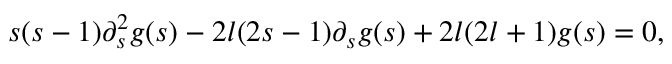
s ( s - 1 ) \partial _ { s } ^ { 2 } g ( s ) - 2 l ( 2 s - 1 ) \partial _ { s } g ( s ) + 2 l ( 2 l + 1 ) g ( s ) = 0 ,